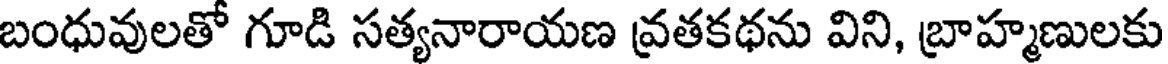
బంధువులతో గూడి సత్యనారాయణ వ్రతకథను విని, బ్రాహ్మణులకు